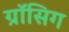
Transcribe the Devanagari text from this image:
ग्रॉसिग